Annual report of the Punjab Veterinary College and of the Civil Veterinary Department, Punjab - 1926-1932
Year: 1926
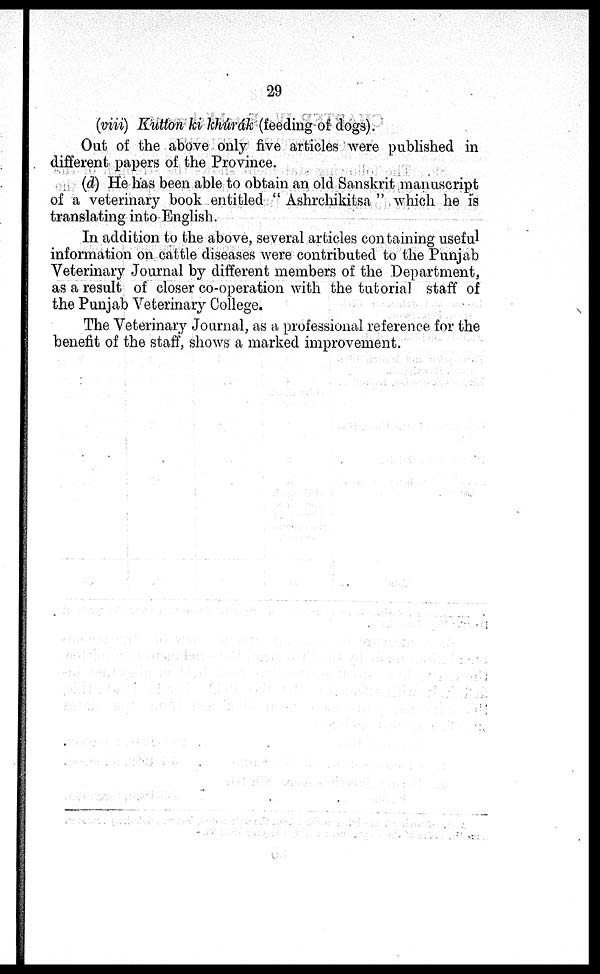
29
(viii) Kutton ki khúrák (feeding of dogs).
Out of the above only five articles were published in
different papers of the Province.
(d) He has been able to obtain an old Sanskrit manuscript
of a veterinary book entitled "Ashrchikitsa" which he is
translating into English.
In addition to the above, several articles containing useful
information on cattle diseases were contributed to the Punjab
Veterinary Journal by different members of the Department,
as a result of closer co-operation with the tutorial staff of
the Punjab Veterinary College.
The Veterinary Journal, as a. professional reference for the
benefit of the staff, shows a marked improvement.